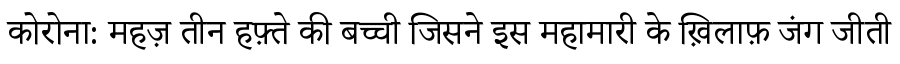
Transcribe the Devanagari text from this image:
कोरोना: महज़ तीन हफ़्ते की बच्ची जिसने इस महामारी के ख़िलाफ़ जंग जीती